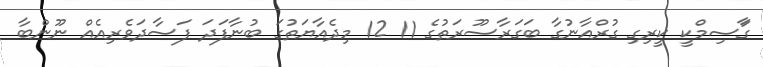
ގަާސިމްކީ ކީރިގި ގުރްއާނުގާ ބަގަރާސޫރަތުގެ 11 12 މިދެއާޔަތުގަ ބުނާފަދަ ފަސާދަވެރިއެއް ނޫންބާ